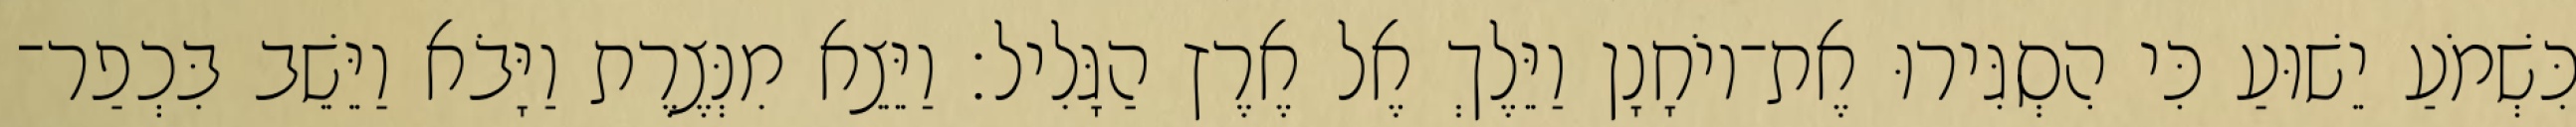
כִּשְׁמֹעַ יֵשׁוּעַ כִּי הִסְגִּירוּ אֶת־יוֹחָנָן וַיֵּלֶךְ אֶל אֶרֶץ הַגָּלִיל׃ וַיֵּצֵא מִנְּצֶרֶת וַיָּבֹא וַיֵּשֵׁב בִּכְפַר־